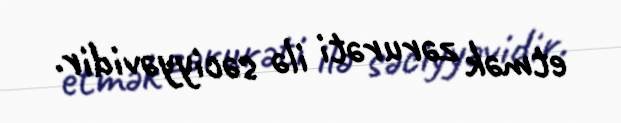
etmək zərurəti ilə səciyyəvidir.